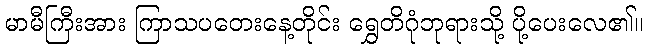
မာမီကြီးအား ကြာသပတေးနေ့တိုင်း ရွှေတိဂုံဘုရားသို့ ပို့ပေးလေ၏။